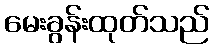
မေးခွန်းထုတ်သည်